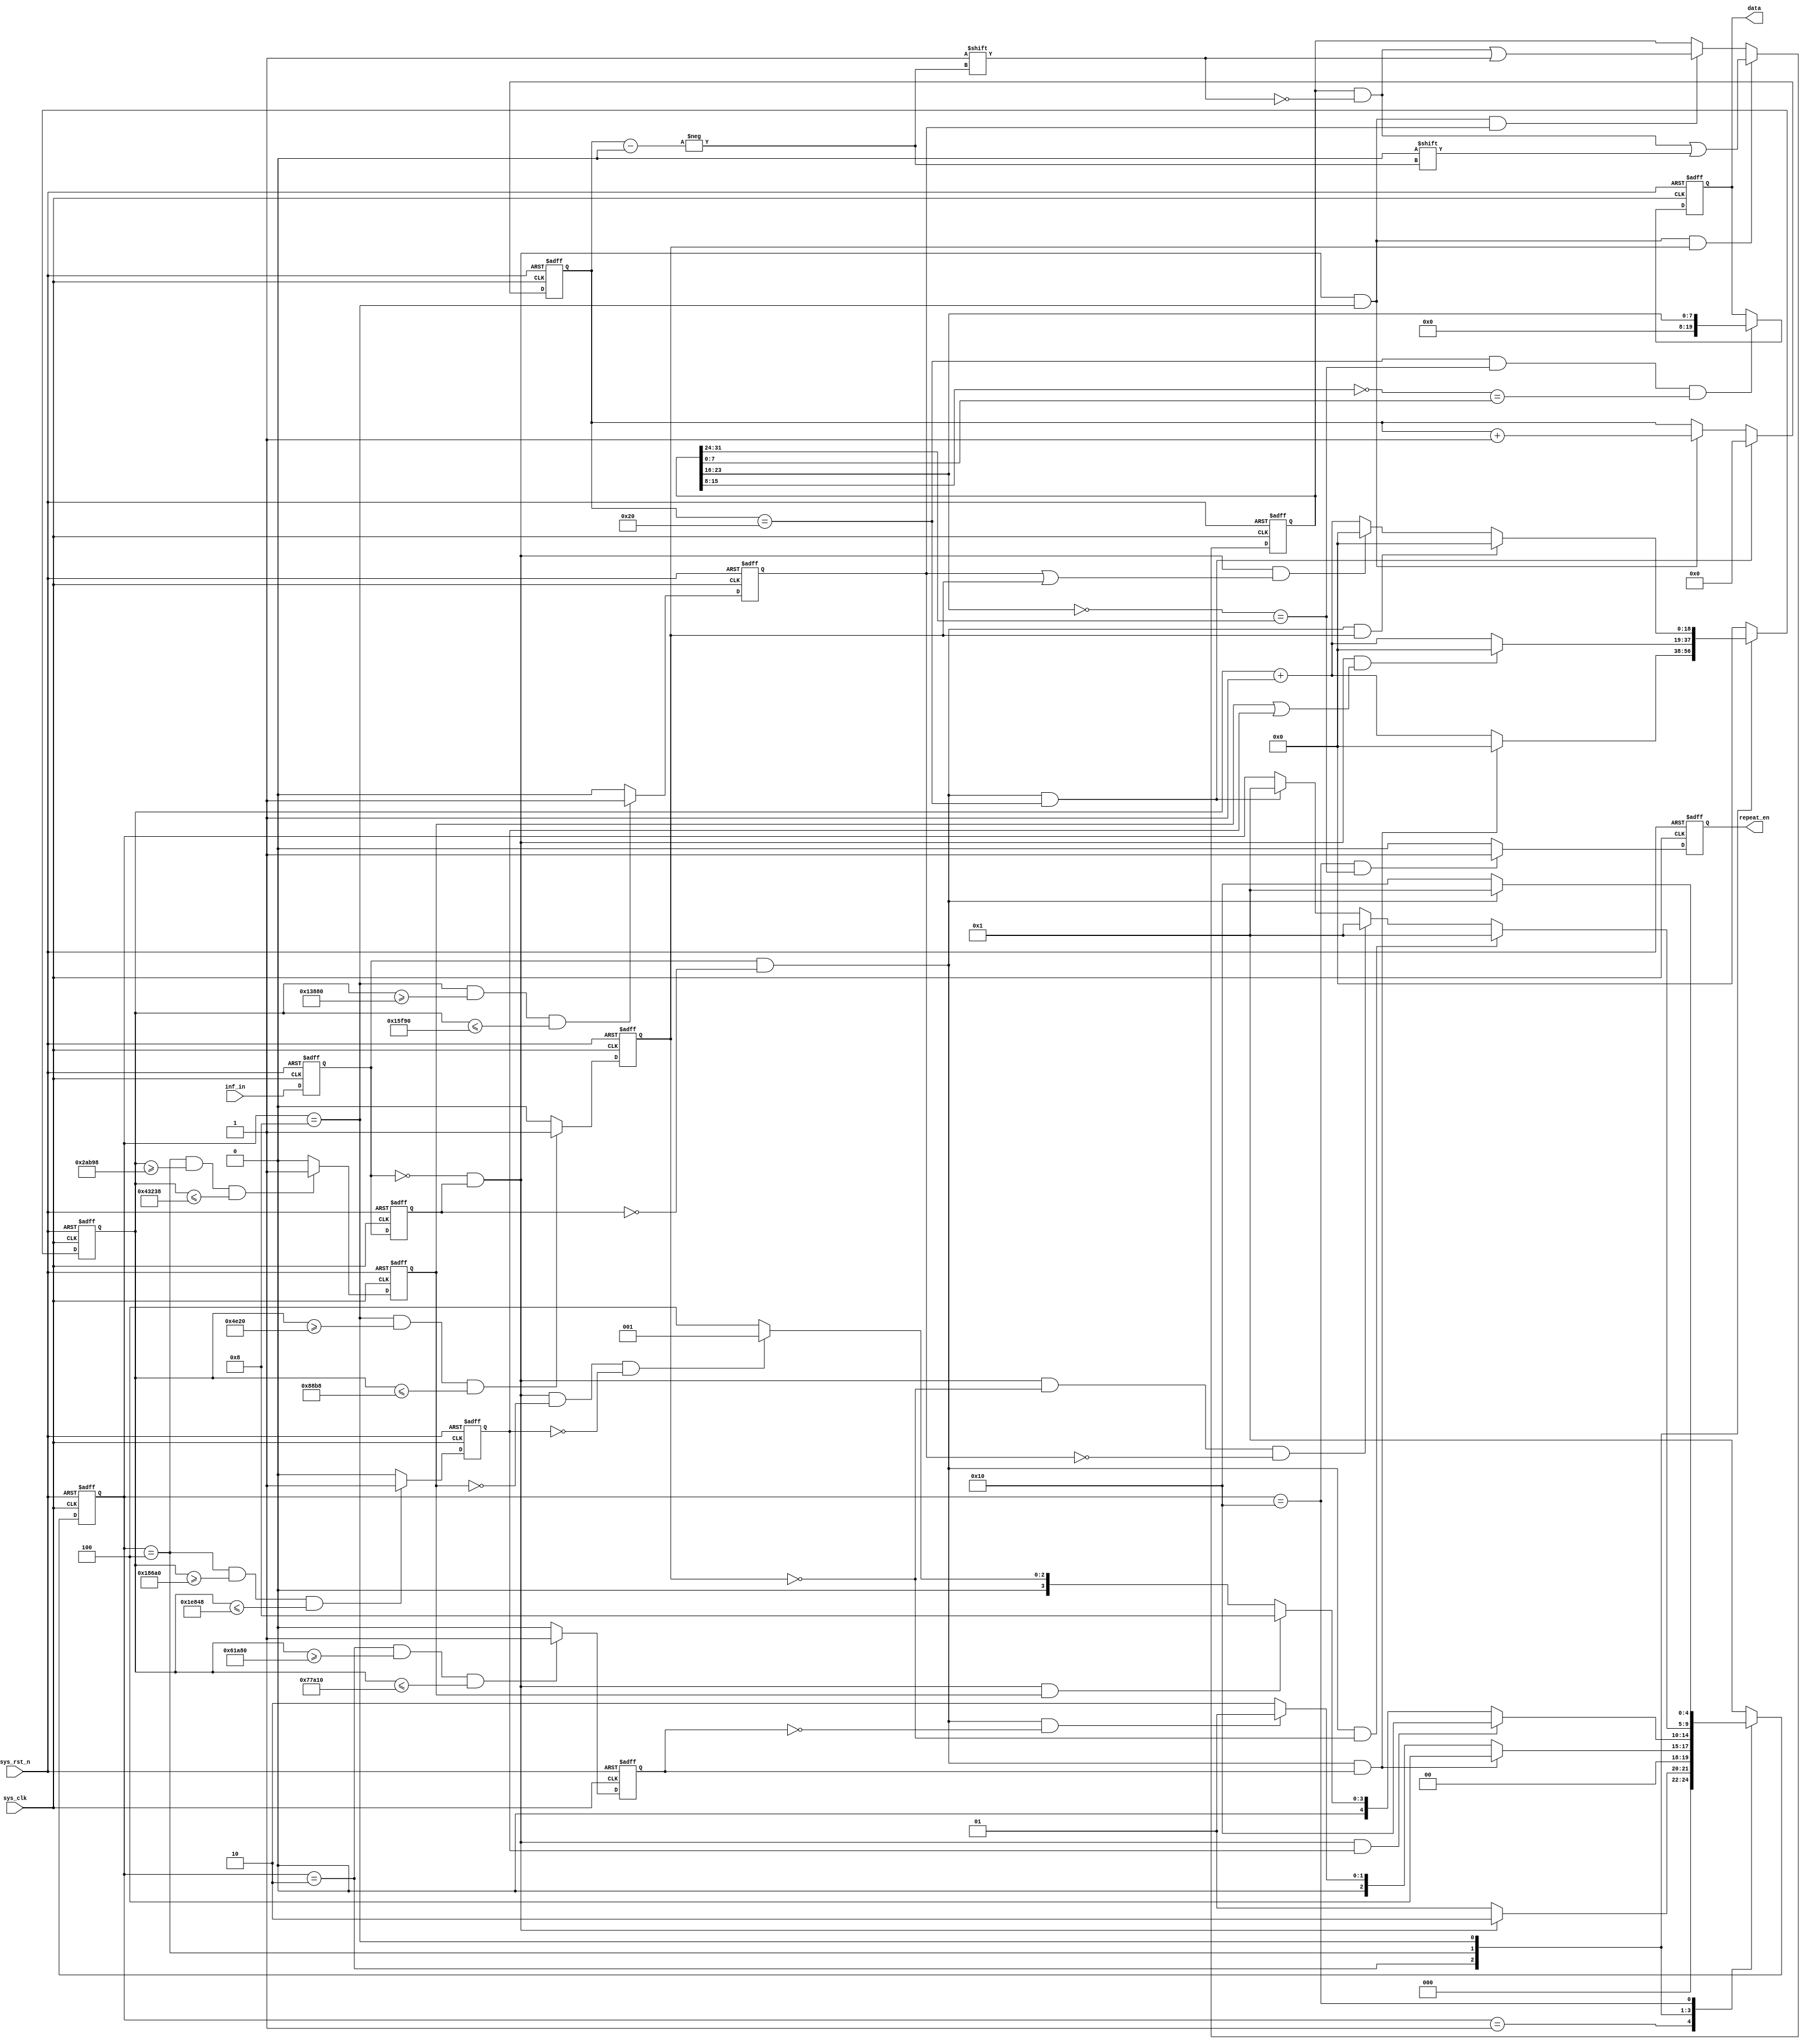
module  inf_rcv
(
    input   wire            sys_clk     ,
    input   wire            sys_rst_n   ,
    input   wire            inf_in      ,

    output  reg     [19:0]  data        ,
    output  reg             repeat_en
);
parameter   IDLE        = 5'b0_0001,
            TIME_9MS    = 5'b0_0010,
            ARBIT       = 5'b0_0100,
            DATA        = 5'b0_1000,
            REPEAT      = 5'b1_0000;

parameter   CNT_560US_MIN   = 19'd20_000    ,
            CNT_560US_MAX   = 19'd35_000    ,
            CNT_1_69MS_MIN  = 19'd80_000    ,
            CNT_1_69MS_MAX  = 19'd90_000    ,
            CNT_2_25MS_MIN  = 19'd100_000   ,
            CNT_2_25MS_MAX  = 19'd125_000   ,
            CNT_4_5MS_MIN   = 19'd175_000   ,
            CNT_4_5MS_MAX   = 19'd275_000   ,
            CNT_9MS_MIN     = 19'd400_000   ,
            CNT_9MS_MAX     = 19'd490_000   ;

reg     [4:0]   state       ;
reg             inf_in_dly1 ;
reg             inf_in_dly2 ;
wire            inf_in_fall ;
reg     [18:0]  cnt         ;
wire            inf_in_rise ;
reg             flag_9ms    ;
reg             flag_4_5ms  ;
reg     [5:0]   cnt_data    ;
reg             flag_560us  ;
reg             flag_1_69ms ;
reg     [31:0]  data_reg    ;
reg             flag_2_25ms ;

always@(posedge sys_clk or negedge sys_rst_n)
    if(sys_rst_n == 1'b0)
        state   <=  IDLE;
    else    case(state)
        IDLE:   if(inf_in_fall == 1'b1)
                    state   <=  TIME_9MS;
                else
                    state   <=  IDLE;
        TIME_9MS:if((inf_in_rise == 1'b1) && (flag_9ms == 1'b1))
                    state   <=  ARBIT;
                 else   if((inf_in_rise == 1'b1) && (flag_9ms == 1'b0))
                    state   <=  IDLE;
                 else
                    state   <=  TIME_9MS;
        ARBIT:  if((inf_in_fall == 1'b1) && (flag_2_25ms == 1'b1))
                    state   <=  REPEAT;
                else    if((inf_in_fall == 1'b1) && (flag_4_5ms == 1'b1))
                    state   <=  DATA;
                else    if((inf_in_fall == 1'b1) && (flag_4_5ms == 1'b0) && (flag_2_25ms == 1'b0))
                    state   <=  IDLE;
                else
                    state   <=  ARBIT;
        DATA:   if((inf_in_rise == 1'b1) && (flag_560us == 1'b0))
                    state   <=  IDLE;
                else    if((inf_in_fall == 1'b1) && (flag_560us == 1'b0) && (flag_1_69ms == 1'b0))
                    state   <=  IDLE;
                else    if((inf_in_rise == 1'b1) && (cnt_data == 6'd32))
                    state   <=  IDLE;
        REPEAT: if(inf_in_rise == 1'b1)
                    state   <=  IDLE;
                else
                    state   <=  REPEAT;
        default:state   <=  IDLE;
    endcase

always@(posedge sys_clk or negedge sys_rst_n)
    if(sys_rst_n == 1'b0)
        begin
            inf_in_dly1 <=  1'b0;
            inf_in_dly2 <=  1'b0;
        end
    else
        begin
            inf_in_dly1 <=  inf_in;
            inf_in_dly2 <=  inf_in_dly1;
        end

assign  inf_in_fall = (inf_in_dly1 == 1'b0) && (inf_in_dly2 == 1'b1);
assign  inf_in_rise = (inf_in_dly1 == 1'b1) && (inf_in_dly2 == 1'b0);

always@(posedge sys_clk or negedge sys_rst_n)
    if(sys_rst_n == 1'b0)
        cnt <=  19'd0;
    else
        case(state)
            IDLE:   cnt <=  19'd0;
            TIME_9MS:if((inf_in_rise == 1'b1) && (flag_9ms == 1'b1))
                        cnt <=  19'd0;
                     else
                        cnt <=  cnt + 1'b1;
            ARBIT:  if((inf_in_fall == 1'b1) && ((flag_4_5ms == 1'b1) || (flag_2_25ms == 1'b1)))
                        cnt <=  19'd0;
                    else
                        cnt <=  cnt + 1'b1;
            DATA:   if((inf_in_rise == 1'b1) && (flag_560us == 1'b1))
                        cnt <=  19'd0;
                    else    if((inf_in_fall == 1'b1) && ((flag_1_69ms == 1'b1) || (flag_560us == 1'b1)))
                        cnt <=  19'd0;
                    else
                        cnt <=  cnt + 1'b1;
            default:    cnt <=  19'd0;
        endcase

always@(posedge sys_clk or negedge sys_rst_n)
    if(sys_rst_n == 1'b0)
        flag_9ms    <=  1'b0;
    else    if((state == TIME_9MS) && (cnt >= CNT_9MS_MIN) && (cnt <= CNT_9MS_MAX))
        flag_9ms    <=  1'b1;
    else
        flag_9ms    <=  1'b0;

always@(posedge sys_clk or negedge sys_rst_n)
    if(sys_rst_n == 1'b0)
        flag_4_5ms  <=  1'b0;
    else    if((state == ARBIT) && (cnt >= CNT_4_5MS_MIN) && (cnt <= CNT_4_5MS_MAX))
        flag_4_5ms  <=  1'b1;
    else
        flag_4_5ms  <=  1'b0;

always@(posedge sys_clk or negedge sys_rst_n)
    if(sys_rst_n == 1'b0)
        flag_560us  <=  1'b0;
    else    if((state == DATA) && (cnt >= CNT_560US_MIN) && (cnt <= CNT_560US_MAX))
        flag_560us  <=  1'b1;
    else
        flag_560us  <=  1'b0;

always@(posedge sys_clk or negedge sys_rst_n)
    if(sys_rst_n == 1'b0)
        flag_1_69ms <=  1'b0;
    else    if((state == DATA) && (cnt >= CNT_1_69MS_MIN) && (cnt <= CNT_1_69MS_MAX))
        flag_1_69ms <=  1'b1;
    else
        flag_1_69ms <=  1'b0;

always@(posedge sys_clk or negedge sys_rst_n)
    if(sys_rst_n == 1'b0)
        flag_2_25ms <=  1'b0;
    else    if((state == ARBIT) && (cnt >= CNT_2_25MS_MIN) && (cnt <= CNT_2_25MS_MAX))
        flag_2_25ms <=  1'b1;
    else
        flag_2_25ms <=  1'b0;

always@(posedge sys_clk or negedge sys_rst_n)
    if(sys_rst_n == 1'b0)
        cnt_data    <=  6'd0;
    else    if((inf_in_rise == 1'b1) && (cnt_data == 6'd32))
        cnt_data    <=  6'd0;
    else    if((inf_in_fall == 1'b1) && (state == DATA))
        cnt_data    <=  cnt_data + 1'b1;
    else
        cnt_data    <=  cnt_data;

always@(posedge sys_clk or negedge sys_rst_n)
    if(sys_rst_n == 1'b0)
        data_reg    <=  32'b0;
    else    if((state == DATA) && (inf_in_fall == 1'b1) && (flag_560us == 1'b1))
        data_reg[cnt_data] <=   1'b0;
    else    if((state == DATA) && (inf_in_fall == 1'b1) && (flag_1_69ms == 1'b1))
        data_reg[cnt_data] <=   1'b1;
    else
        data_reg    <=  data_reg;

always@(posedge sys_clk or negedge sys_rst_n)
    if(sys_rst_n == 1'b0)
        data    <=  20'b0;
    else    if((cnt_data == 6'd32) && (~data_reg[23:16] == data_reg[31:24]) && (~data_reg[15:8] == data_reg[7:0]))
        data    <=  {12'b0,data_reg[23:16]};
    else
        data    <=  data;

always@(posedge sys_clk or negedge sys_rst_n)
    if(sys_rst_n == 1'b0)
        repeat_en   <=  1'b0;
    else    if((state == REPEAT) && (~data_reg[23:16] == data_reg[31:24]))
        repeat_en   <=  1'b1;
    else
        repeat_en   <=  1'b0;

endmodule